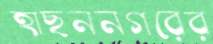
হাছননগরের